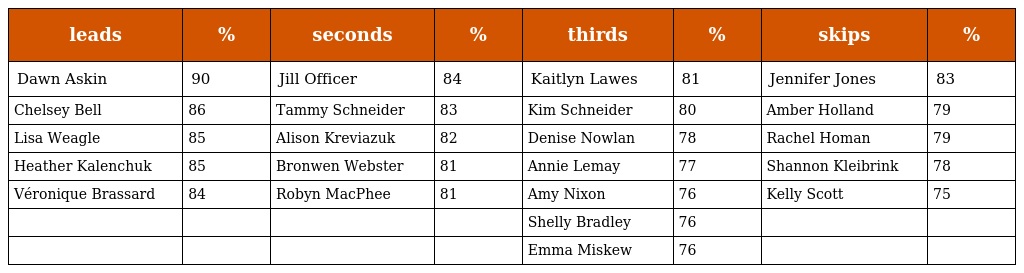
| leads | % | seconds | % | thirds | % | skips | % |
 | --- | --- | --- | --- | --- | --- | --- | --- |
 | Dawn Askin | 90 | Jill Officer | 84 | Kaitlyn Lawes | 81 | Jennifer Jones | 83 |
 | Chelsey Bell | 86 | Tammy Schneider | 83 | Kim Schneider | 80 | Amber Holland | 79 |
 | Lisa Weagle | 85 | Alison Kreviazuk | 82 | Denise Nowlan | 78 | Rachel Homan | 79 |
 | Heather Kalenchuk | 85 | Bronwen Webster | 81 | Annie Lemay | 77 | Shannon Kleibrink | 78 |
 | Véronique Brassard | 84 | Robyn MacPhee | 81 | Amy Nixon | 76 | Kelly Scott | 75 |
 |  |  |  |  | Shelly Bradley | 76 |  |  |
 |  |  |  |  | Emma Miskew | 76 |  |  |